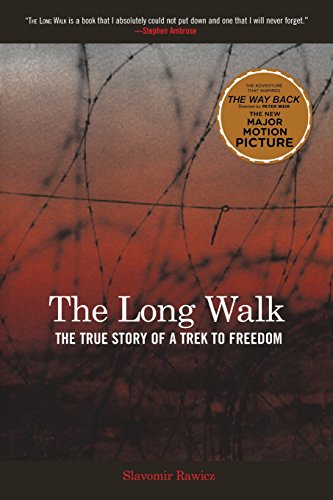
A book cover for Long Walk: The True Story of a Trek to Freedom; Slavomir Rawicz; Biographies & Memoirs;